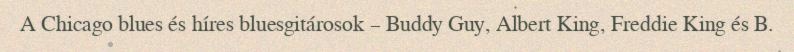
A Chicago blues és híres bluesgitárosok – Buddy Guy, Albert King, Freddie King és B.